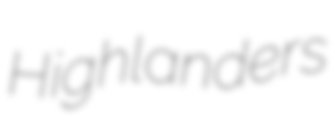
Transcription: Highlanders